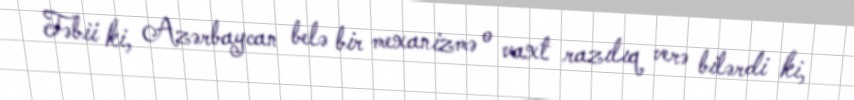
Təbii ki, Azərbaycan belə bir mexanizmə o vaxt razılıq verə bilərdi ki,